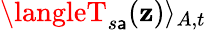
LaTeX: \langleT_{s\mathsf{a}}(\mathbf{z})\rangle_{A,t}